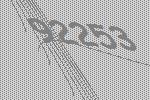
92253